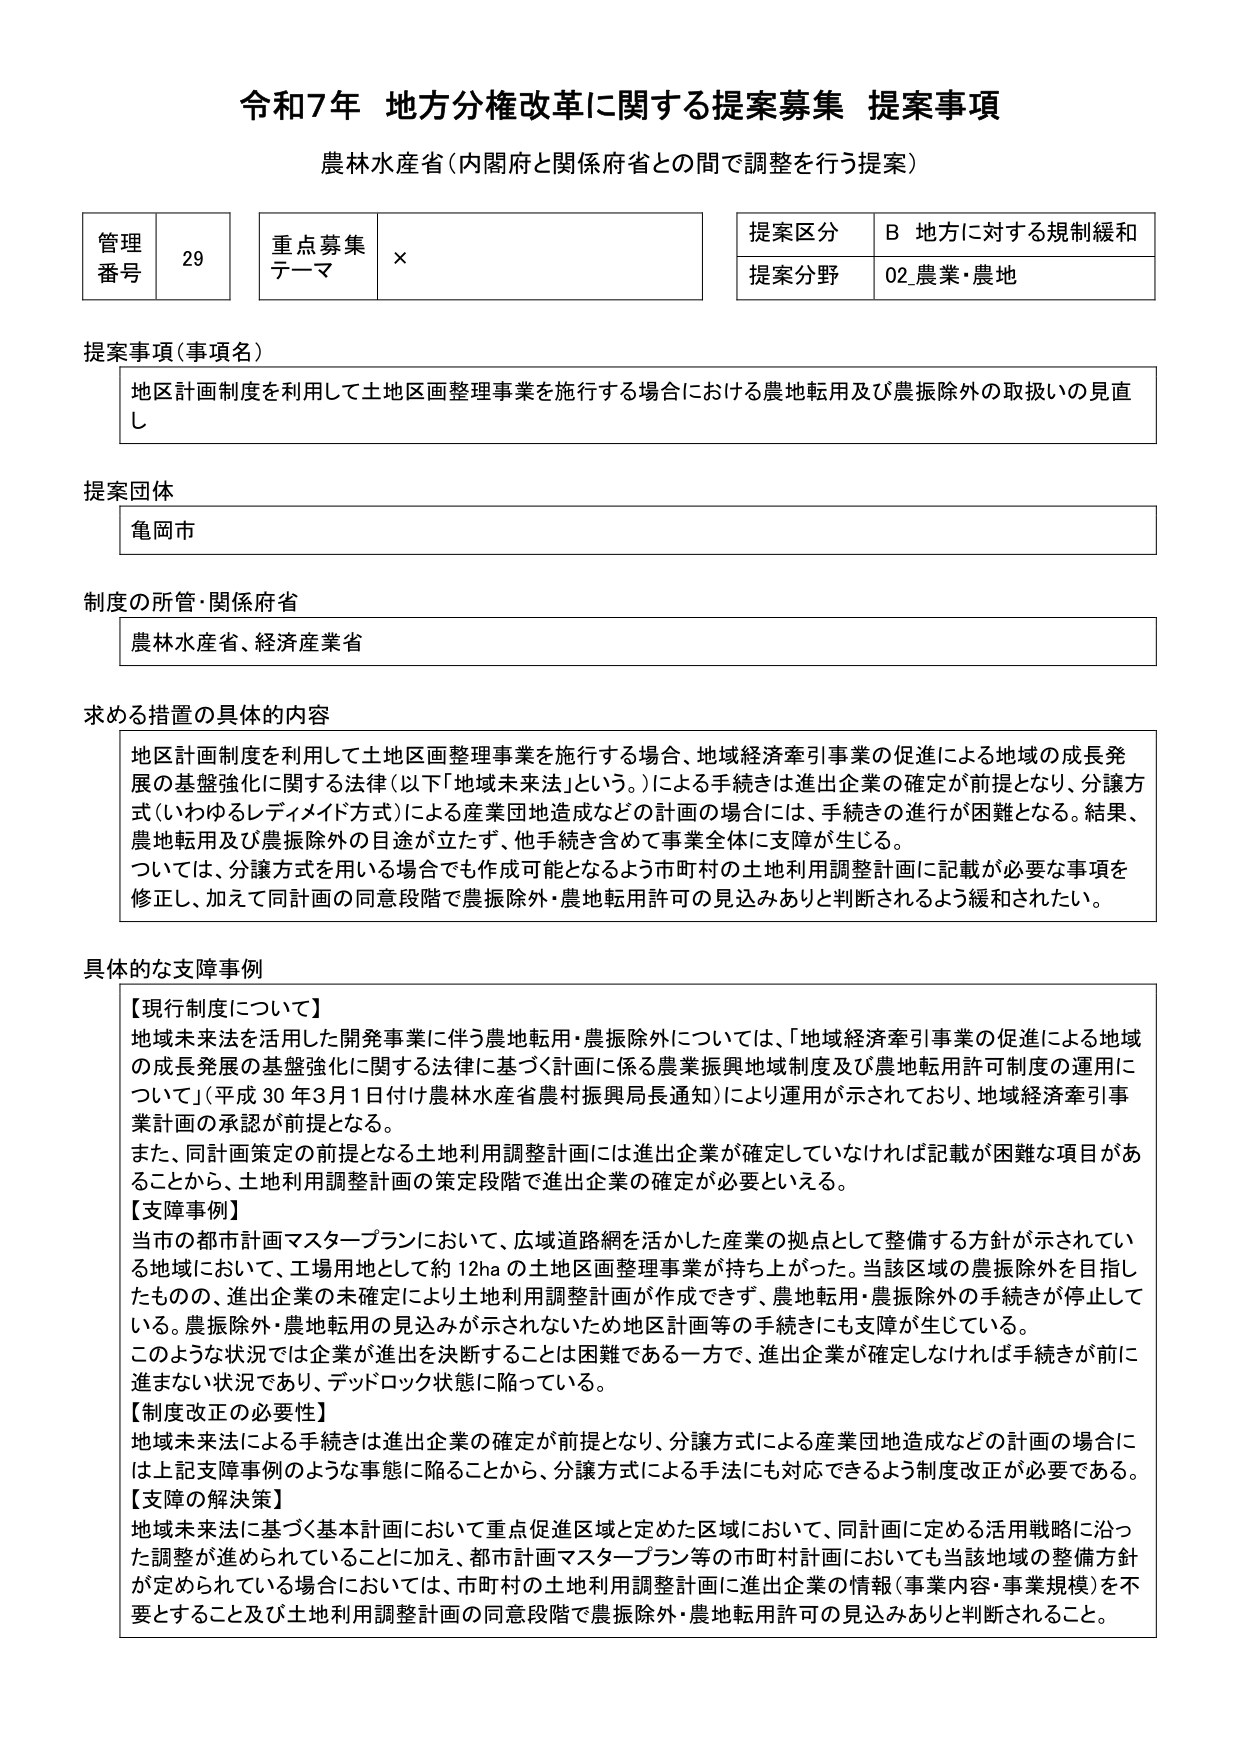
令和7年 地方分権改革に関する提案募集 提案事項
農林水産省（内閣府と関係府省との間で調整を行う提案）

管理番号 29
重点募集テーマ ×
提案区分 B 地方に対する規制緩和
提案分野 02 農業・農地

提案事項（事項名）
地区計画制度を利用して土地区画整理事業を施行する場合における農地転用及び農振除外の取扱いの見直し

提案団体
亀岡市

制度の所管・関係府省
農林水産省、経済産業省

求める措置の具体的内容
地区計画制度を利用して土地区画整理事業を施行する場合、地域経済牽引事業の促進による地域の成長発展の基盤強化に関する法律（以下「地域未来法」という。）による手続きは進出企業の確定が前提となり、分譲方式（いわゆるレディメイド方式）による産業団地造成などの計画の場合には、手続きの進行が困難となる。結果、農地転用及び農振除外の目途が立たず、他手続きを含めて事業全体に支障が生じる。
ついては、分譲方式を用いる場合でも作成可能となるよう市町村の土地利用調整計画に記載が必要な事項を修正し、加えて同計画の同意段階で農振除外・農地転用許可の見込みありと判断されるよう緩和されたい。

具体的な支障事例
【現行制度について】
地域未来法を活用した開発事業に伴う農地転用・農振除外については、「地域経済牽引事業の促進による地域の成長発展の基盤強化に関する法律に基づく計画に係る農業振興地域制度及び農地転用許可制度の運用について」（平成30年3月1日付け農林水産省農村振興局長通知）により運用が示されており、地域経済牽引事業計画の承認が前提となる。
また、同計画策定の前提となる土地利用調整計画には進出企業が確定していなければ記載が困難な項目があることから、土地利用調整計画の策定段階で進出企業の確定が必要といえる。

【支障事例】
当市の都市計画マスタープランにおいて、広域道路網を活かした産業の拠点として整備する方針が示されている地域において、工場用地として約12haの土地区画整理事業が持ち上がった。当該区域の農振除外を目指したもの、進出企業の未確定により土地利用調整計画が作成できず、農地転用・農振除外の手続きが停止している。農振除外・農地転用の見込みが示されないため地区計画等の手続きにも支障が生じている。
このような状況では企業が進出を決断することは困難である一方で、進出企業が確定しなければ手続きが前に進まない状況であり、デッドロック状態に陥っている。

【制度改正の必要性】
地域未来法による手続きは進出企業の確定が前提となり、分譲方式による産業団地造成などの計画の場合には上記支障事例のような事態に陥ることから、分譲方式による手法にも対応できるよう制度改正が必要である。

【支障の解決策】
地域未来法に基づく基本計画において重点促進区域と定めた区域において、同計画に定める活用戦略に沿った調整が進められていることに加え、都市計画マスタープラン等の市町村計画においても当該地域の整備方針が定められている場合においては、市町村の土地利用調整計画に進出企業の情報（事業内容・事業規模）を不要とすること及び土地利用調整計画の同意段階で農振除外・農地転用許可の見込みありと判断されること。